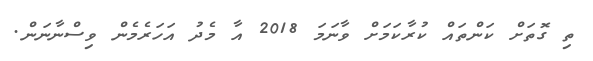
ތި ގޮތަށް ކަންތައް ކުރާކަމަށް ވާނަމަ 2018 އާ މެދު އަހަރެމެން ވިސްނާނަން.